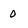
Character: 0